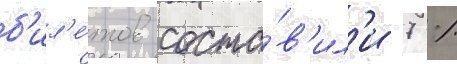
б'ил'е́тов соста́в'ил'и 7 %